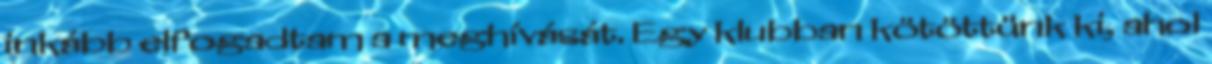
inkább elfogadtam a meghívását. Egy klubban kötöttünk ki, ahol